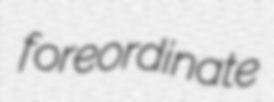
foreordinate